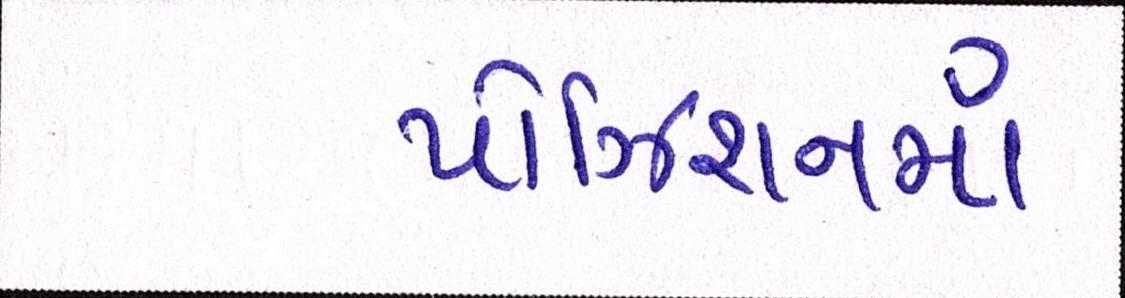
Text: પોઝિશનમાં